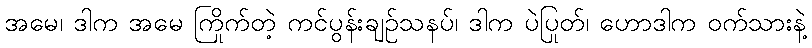
အမေ၊ ဒါက အမေ ကြိုက်တဲ့ ကင်ပွန်းချဉ်သနပ်၊ ဒါက ပဲပြုတ်၊ ဟောဒါက ဝက်သားနဲ့